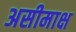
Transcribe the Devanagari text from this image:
असीमाक्ष